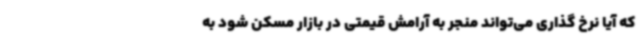
که آیا نرخ گذاری می‌تواند منجر به آرامش قیمتی در بازار مسکن شود به